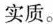
实质。